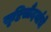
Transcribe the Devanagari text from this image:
सृष्टिसौंदर्याचे